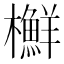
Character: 𣟲